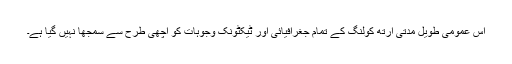
اس عمومی طویل مدتی ارتھ کولنگ کے تمام جغرافیائی اور ٹیکٹونک وجوہات کو اچھی طرح سے سمجھا نہیں گیا ہے۔